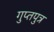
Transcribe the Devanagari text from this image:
गुप्तपुत्र